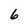
Character: 6